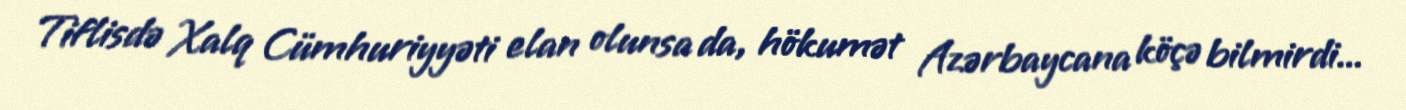
Tiflisdə Xalq Cümhuriyyəti elan olunsa da, hökumət Azərbaycana köçə bilmirdi...